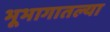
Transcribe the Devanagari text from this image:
भूभागातल्या